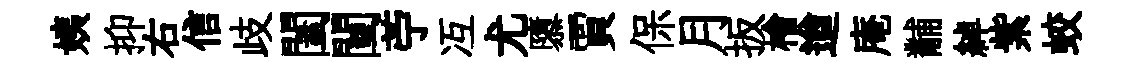
姨抑右信歧闔闉苧冱尤隳賈保月扳檜遒庵黼綽紫蛟